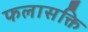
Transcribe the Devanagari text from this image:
फलासक्ति